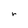
Character: r